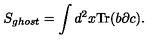
S _ { g h o s t } = \int d ^ { 2 } x \mathrm { T r } ( b \partial c ) .